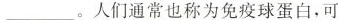
___。人们通常也称为免疫球蛋白，可